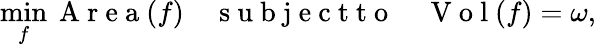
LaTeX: \operatorname*{min}_{f}\mathrm{~A~r~e~a~}(f)\quad\mathrm{~s~u~b~j~e~c~t~t~o~}\quad\mathrm{~V~o~l~}(f)=\omega,